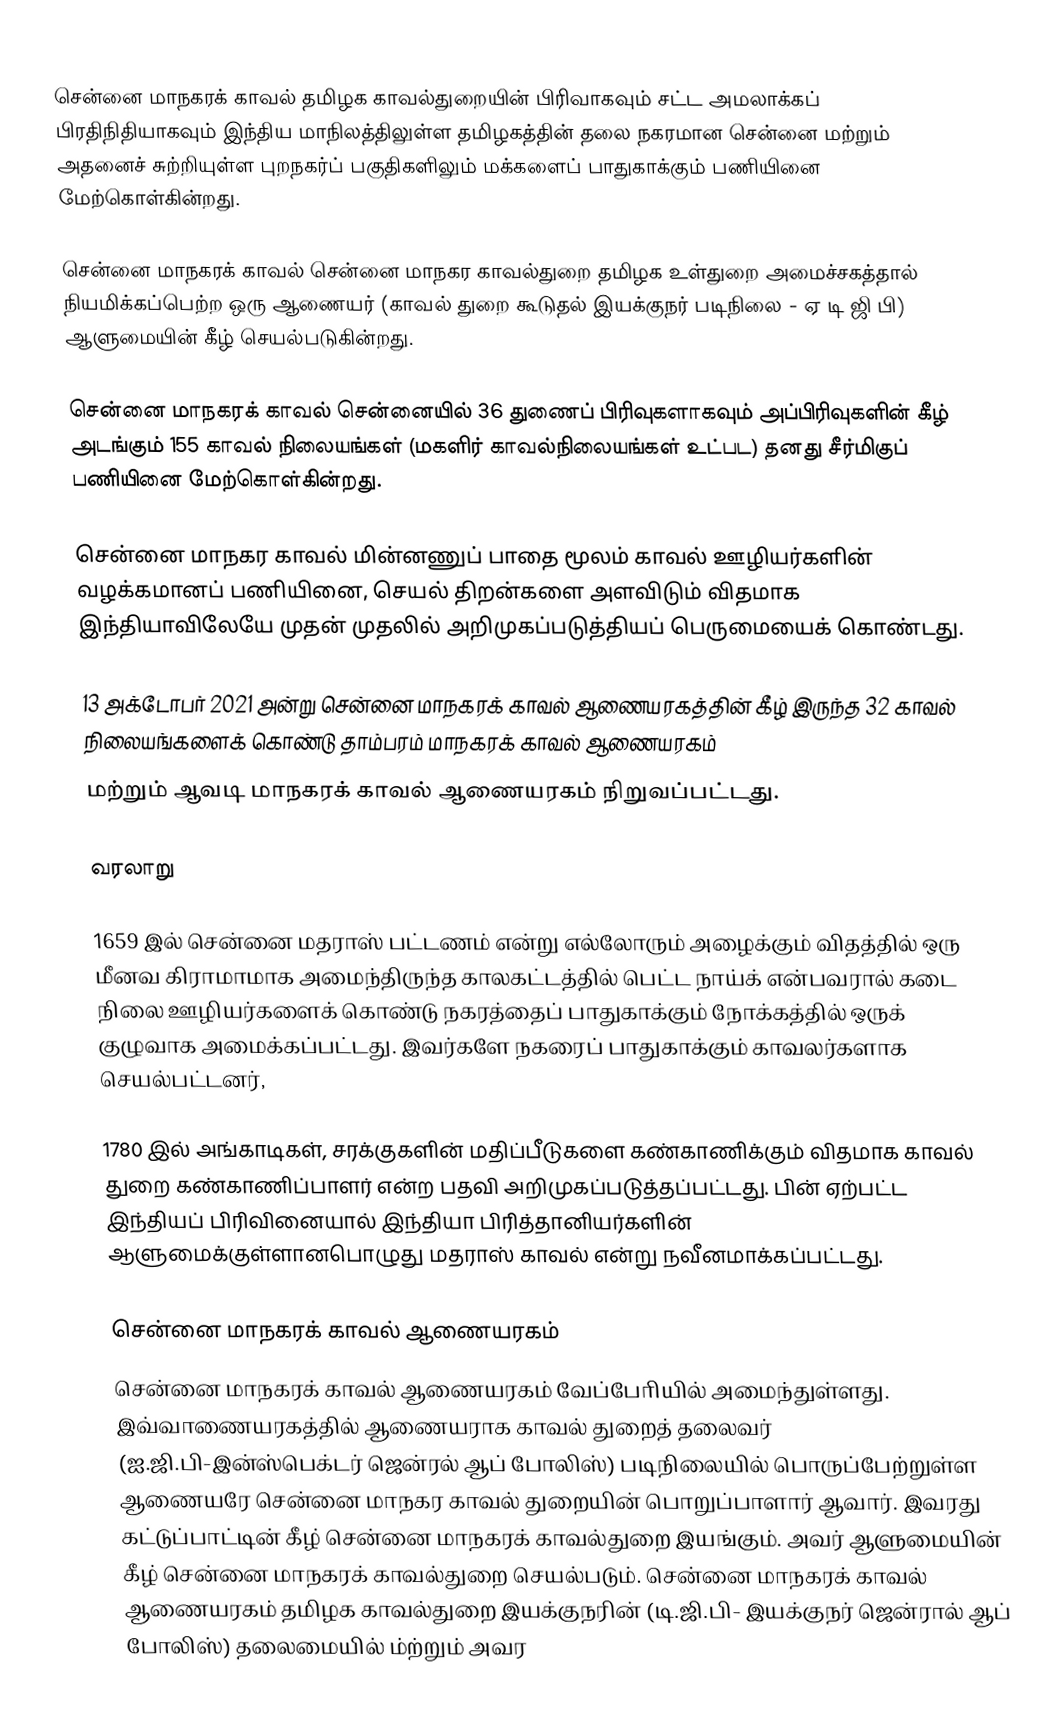
சென்னை மாநகரக் காவல் தமிழக காவல்துறையின் பிரிவாகவும் சட்ட அமலாக்கப் பிரதிநிதியாகவும் இந்திய மாநிலத்திலுள்ள தமிழகத்தின் தலை நகரமான சென்னை மற்றும் அதனைச் சுற்றியுள்ள புறநகர்ப் பகுதிகளிலும் மக்களைப் பாதுகாக்கும் பணியினை மேற்கொள்கின்றது.

சென்னை மாநகரக் காவல் சென்னை மாநகர காவல்துறை தமிழக உள்துறை அமைச்சகத்தால் நியமிக்கப்பெற்ற ஒரு ஆணையர் (காவல் துறை கூடுதல் இயக்குநர் படிநிலை - ஏ டி ஜி பி) ஆளுமையின் கீழ் செயல்படுகின்றது.

சென்னை மாநகரக் காவல் சென்னையில் 36 துணைப் பிரிவுகளாகவும் அப்பிரிவுகளின் கீழ் அடங்கும் 155 காவல் நிலையங்கள் (மகளிர் காவல்நிலையங்கள் உட்பட) தனது சீர்மிகுப் பணியினை மேற்கொள்கின்றது.

சென்னை மாநகர காவல் மின்னணுப் பாதை மூலம் காவல் ஊழியர்களின் வழக்கமானப் பணியினை, செயல் திறன்களை அளவிடும் விதமாக இந்தியாவிலேயே முதன் முதலில் அறிமுகப்படுத்தியப்  பெருமையைக் கொண்டது.

13 அக்டோபர் 2021 அன்று சென்னை மாநகரக் காவல் ஆணையரகத்தின் கீழ் இருந்த 32 காவல் நிலையங்களைக் கொண்டு தாம்பரம் மாநகரக் காவல் ஆணையரகம்
மற்றும் ஆவடி மாநகரக் காவல் ஆணையரகம் நிறுவப்பட்டது.

வரலாறு

1659 இல் சென்னை மதராஸ் பட்டணம் என்று எல்லோரும் அழைக்கும் விதத்தில் ஒரு மீனவ  கிராமாமாக அமைந்திருந்த காலகட்டத்தில் பெட்ட நாய்க் என்பவரால் கடை நிலை ஊழியர்களைக் கொண்டு நகரத்தைப் பாதுகாக்கும் நோக்கத்தில் ஒருக் குழுவாக அமைக்கப்பட்டது. இவர்களே நகரைப் பாதுகாக்கும் காவலர்களாக செயல்பட்டனர்,

1780 இல் அங்காடிகள், சரக்குகளின் மதிப்பீடுகளை கண்காணிக்கும் விதமாக காவல் துறை கண்காணிப்பாளர் என்ற பதவி அறிமுகப்படுத்தப்பட்டது. பின் ஏற்பட்ட இந்தியப் பிரிவினையால் இந்தியா பிரித்தானியர்களின் ஆளுமைக்குள்ளானபொழுது மதராஸ் காவல் என்று நவீனமாக்கப்பட்டது.

சென்னை மாநகரக் காவல் ஆணையரகம்
சென்னை மாநகரக் காவல் ஆணையரகம் வேப்போியில் அமைந்துள்ளது. இவ்வாணையரகத்தில் ஆணையராக காவல் துறைத் தலைவர் (ஐ.ஜி.பி-இன்ஸ்பெக்டர் ஜென்ரல் ஆப் போலிஸ்) படிநிலையில்  பொருப்பேற்றுள்ள ஆணையரே சென்னை மாநகர காவல் துறையின் பொறுப்பாளார் ஆவார். இவரது கட்டுப்பாட்டின் கீழ் சென்னை மாநகரக் காவல்துறை இயங்கும். அவர் ஆளுமையின் கீழ் சென்னை மாநகரக் காவல்துறை செயல்படும். சென்னை மாநகரக் காவல் ஆணையரகம் தமிழக காவல்துறை இயக்குநரின் (டி.ஜி.பி- இயக்குநர் ஜென்ரால் ஆப் போலிஸ்) தலைமையில் ம்ற்றும் அவர